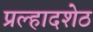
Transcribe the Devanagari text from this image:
प्रल्हादशेठ